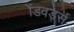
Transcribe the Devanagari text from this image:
ॲडवर्ड्स